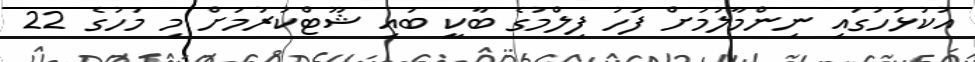
އުކުޅަހުގައި ނިންމާލުމަށް ފަހު ފިލްމުގެ ބާކީ ބައި ޝޫޓްކުރުމަށް މި މަހުގެ 22